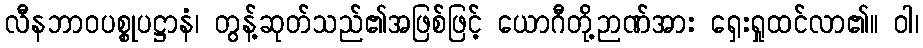
လီနဘာဝပစ္စုပဋ္ဌာနံ၊ တွန့်ဆုတ်သည်၏အဖြစ်ဖြင့် ယောဂီတို့ဉာဏ်အား ရှေးရှုထင်လာ၏။ ဝါ၊